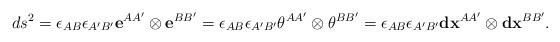
LaTeX: \begin{align*}ds^{2}=\epsilon_{AB}\epsilon_{A^{\prime}B^{\prime}}\mathbf{e}^{AA^{\prime}}\otimes\mathbf{e}^{BB^{\prime}}=\epsilon_{AB}\epsilon_{A^{\prime}B^{\prime}}\theta^{AA^{\prime}}\otimes\theta^{BB^{\prime}}=\epsilon_{AB}\epsilon_{A^{\prime}B^{\prime}}\mathbf{dx}^{AA^{\prime}}\otimes\mathbf{dx}^{BB^{\prime}}.\end{align*}